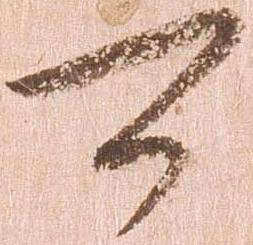
可